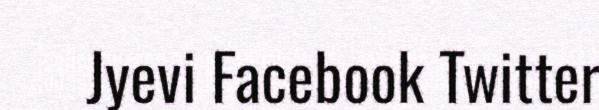
Jyevi Facebook Twitter